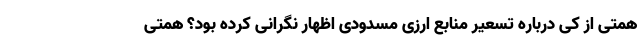
همتی از کی درباره تسعیر منابع ارزی مسدودی اظهار نگرانی کرده بود؟ همتی